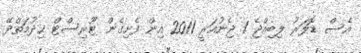
އެސް ޑޮލަރު ލިބިއްޖެ 1 ޖެނުއަރީ 2011 އިން ފެށިގެން ޓޫރިސްޓް ޚިދުމަތްދޭ